Annual administration report of the Civil Veterinary Department of India - 1892-1893
Year: 1892
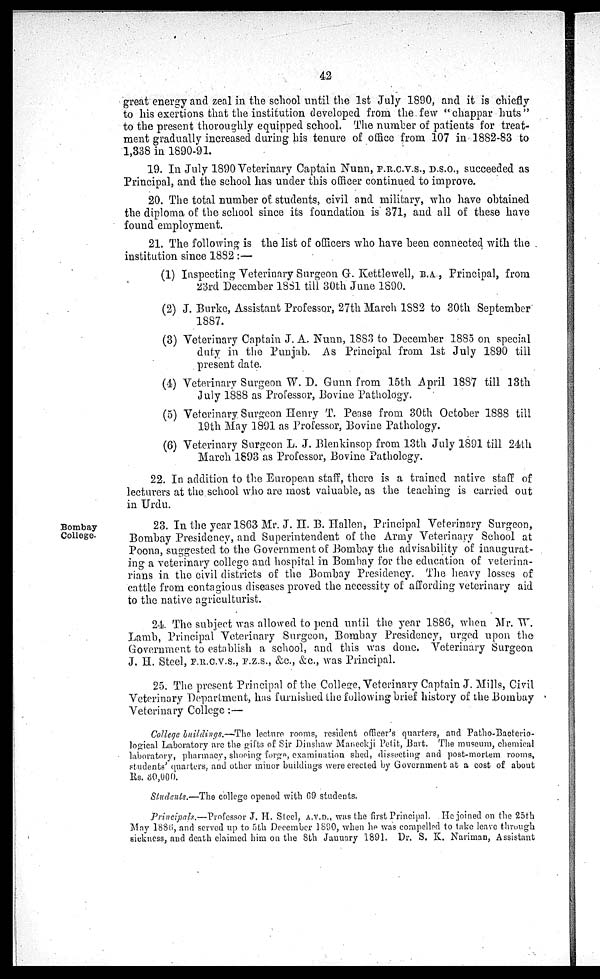
42
great energy and zeal in the school until the 1st July 1890, and it is chiefly
to his exertions that the institution developed from the few "chappar huts"
to the present thoroughly equipped school. The number of patients for treat-
ment gradually increased during his tenure of office from 107 in 1882-83 to
1,338 in 1890-91.
19. In July 1890 Veterinary Captain Nunn, F.R.C.V.S., D.S.O., succeeded as
Principal, and the school has under this officer continued to improve.
20. The total number of students, civil and military, who have obtained
the diploma of the school since its foundation is 371, and all of these have
found employment.
21. The following is the list of officers who have been connected with the
institution since 1882:—
(1) Inspecting Veterinary Surgeon G. Kettlewell, B.A , Principal, from
23rd December 1881 till 30th June 1890.
(2) J. Burke, Assistant Professor, 27th March 1882 to 30th September
1887.
(3) Veterinary Captain J. A. Nunn, 1883 to December 1885 on special
duty in the Punjab. As Principal from 1st July 1890 till
present date.
(4) Veterinary Surgeon W. D. Gunn from 15th April 1887 till 13th
July 1888 as Professor, Bovine Pathology.
(5) Veterinary Surgeon Henry T. Pease from 30th October 1888 till
19th May 1891 as Professor, Bovine Pathology.
(6) Veterinary Surgeon L. J. Blenkinsop from 13th July 1891 till 24th
March 1893 as Professor, Bovine Pathology.
22. In addition to the European staff, there is a trained native staff of
lecturers at the school who are most valuable, as the teaching is carried out
in Urdu.
Bombay
College.
23. In the year 1863 Mr. J. H. B. Hallen, Principal Veterinary Surgeon,
Bombay Presidency, and Superintendent of the Army Veterinary School at
Poona, suggested to the Government of Bombay the advisability of inaugurat-
ing a veterinary college and hospital in Bombay for the education of veterina-
rians in the civil districts of the Bombay Presidency. The heavy losses of
cattle from contagious diseases proved the necessity of affording veterinary aid
to the native agriculturist.
24. The subject was allowed to pend until the year 1886, when Mr. W.
Lamb, Principal Veterinary Surgeon, Bombay Presidency, urged upon the
Government to establish a school, and this was done. Veterinary Surgeon
J. H. Steel, F.R.C.V.S., F.Z.S., &c., &c., was Principal.
25. The present Principal of the College, Veterinary Captain J. Mills, Civil
Veterinary Department, has furnished the following brief history of the Bombay
Veterinary College:—
College buildings.—The lecture rooms, resident officer's quarters, and Patho-Bacterio-
logical Laboratory are the gifts of Sir Dinshaw Maneckji Petit, Bart. The museum, chemical
laboratory, pharmacy, shoeing forge, examination shed, dissecting and post-mortem rooms,
students' quarters, and other minor buildings were erected by Government at a cost of about
Rs. 30,000.
Students.—The college opened with 69 students.
Principals.—Professor J. H. Steel, A.V.D., was the first Principal. He joined on the 25th
May 1886, and served up to 5th December 1890, when he was compelled to take leave through
sickness, and death claimed him on the 8th January 1891. Dr. S. K. Nariman, Assistant